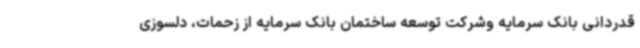
قدردانی بانک سرمایه وشرکت توسعه ساختمان بانک سرمایه از زحمات، دلسوزی